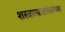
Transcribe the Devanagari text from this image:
शस्त्रास्त्रसाठ्यांच्या